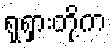
ရုရှားတို့က